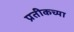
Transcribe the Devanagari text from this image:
प्रतीकच्या